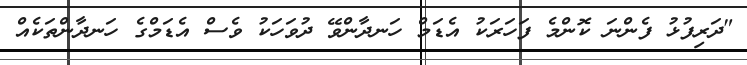
"ދަރިފުޅު ފެންނަ ކޮންމެ ފަހަރަކު އެޑަމް ހަނދާންވޭ ދުވަހަކު ވެސް އެޑަމްގެ ހަނދާންތަކެއް